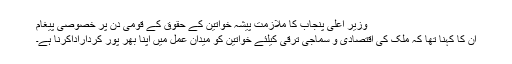
وزیر اعلیٰ پنجاب کا ملازمت پیشہ خواتین کے حقوق کے قومی دن پر خصوصی پیغام
ان کا کہنا تھا کہ ملک کی اقتصادی و سماجی ترقی کیلئے خواتین کو میدان عمل میں اپنا بھر پور کرداراداکرنا ہے۔